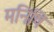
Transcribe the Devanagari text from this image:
मनिषि